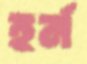
হর্ন